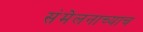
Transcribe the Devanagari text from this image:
संमेलनाच्याच